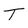
Character: T